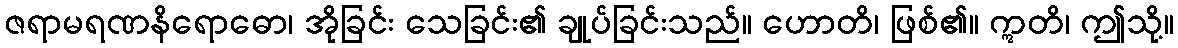
ဇရာမရဏနိရောဓော၊ အိုခြင်း သေခြင်း၏ ချုပ်ခြင်းသည်။ ဟောတိ၊ ဖြစ်၏။ ဣတိ၊ ဤသို့။